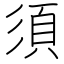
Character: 須